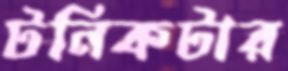
টনিকটার